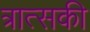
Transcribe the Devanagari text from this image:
त्रात्सकी